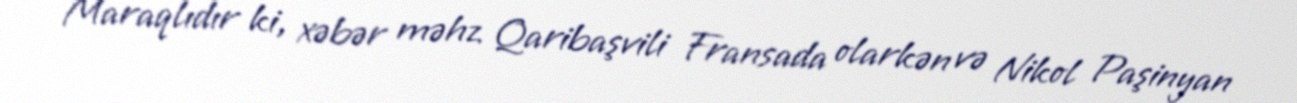
Maraqlıdır ki, xəbər məhz Qaribaşvili Fransada olarkən və Nikol Paşinyan